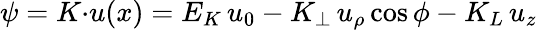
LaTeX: \psi=K{\cdot}u(x)=E_{K}\, u_{0}-K_{\perp}\, u_{\rho}\cos\phi-K_{L}\, u_{z}